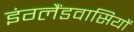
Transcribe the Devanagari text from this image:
इंग्लैंडवासियों